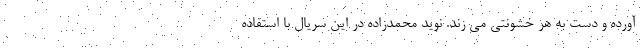
آورده و دست به هر خشونتی می زند. نوید محمدزاده در این سریال با استفاده